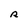
Character: R